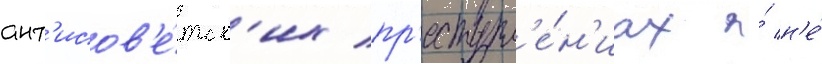
ант'исов'е́тск'их пр'еступл'е́н'иах я́ н'е́